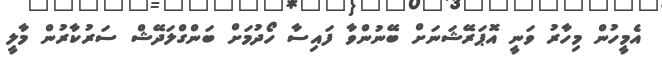
އެމީހުން މިހާރު ވަނީ އޮޕަރޭޝަނަށް ބޭނުންވާ ފައިސާ ހޯދުމަށް ބަންގްލަދޭޝް ސަރުކާރުން މާލީ